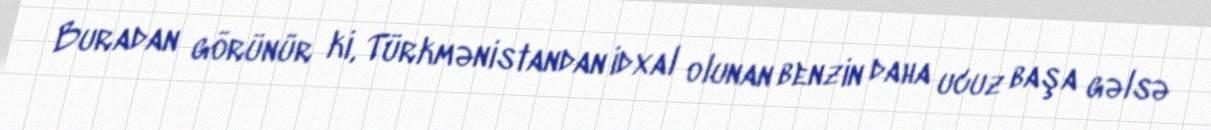
Buradan görünür ki, Türkmənistandan idxal olunan benzin daha ucuz başa gəlsə